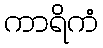
ကာရိကံ